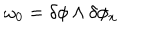
LaTeX: \omega _ { 0 } = \delta \phi \wedge \delta \phi _ { x }